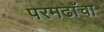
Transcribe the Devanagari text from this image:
परमढाँचा